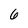
Character: 6